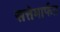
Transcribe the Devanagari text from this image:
सत्तेमार्फत